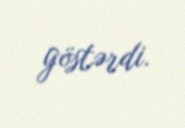
göstərdi.